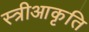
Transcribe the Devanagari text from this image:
स्त्रीआकृति